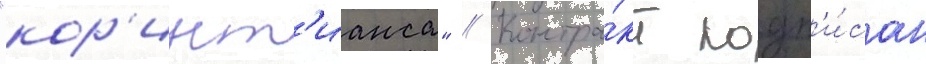
"кор'инт'ианса" // Контра́кт подп'и́сан